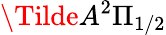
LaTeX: \Tilde{A}^{2}\Pi_{1/2}